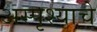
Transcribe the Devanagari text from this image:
अस्पृश्‍याचे